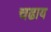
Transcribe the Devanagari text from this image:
चढाय